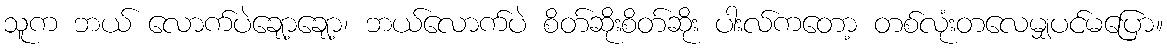
သူက ဘယ် လောက်ပဲချော့ချော့၊ ဘယ်လောက်ပဲ စိတ်ဆိုးစိတ်ဆိုး ပါးလ်ကတော့ တစ်လုံးတလေမျှပင်မပြော။